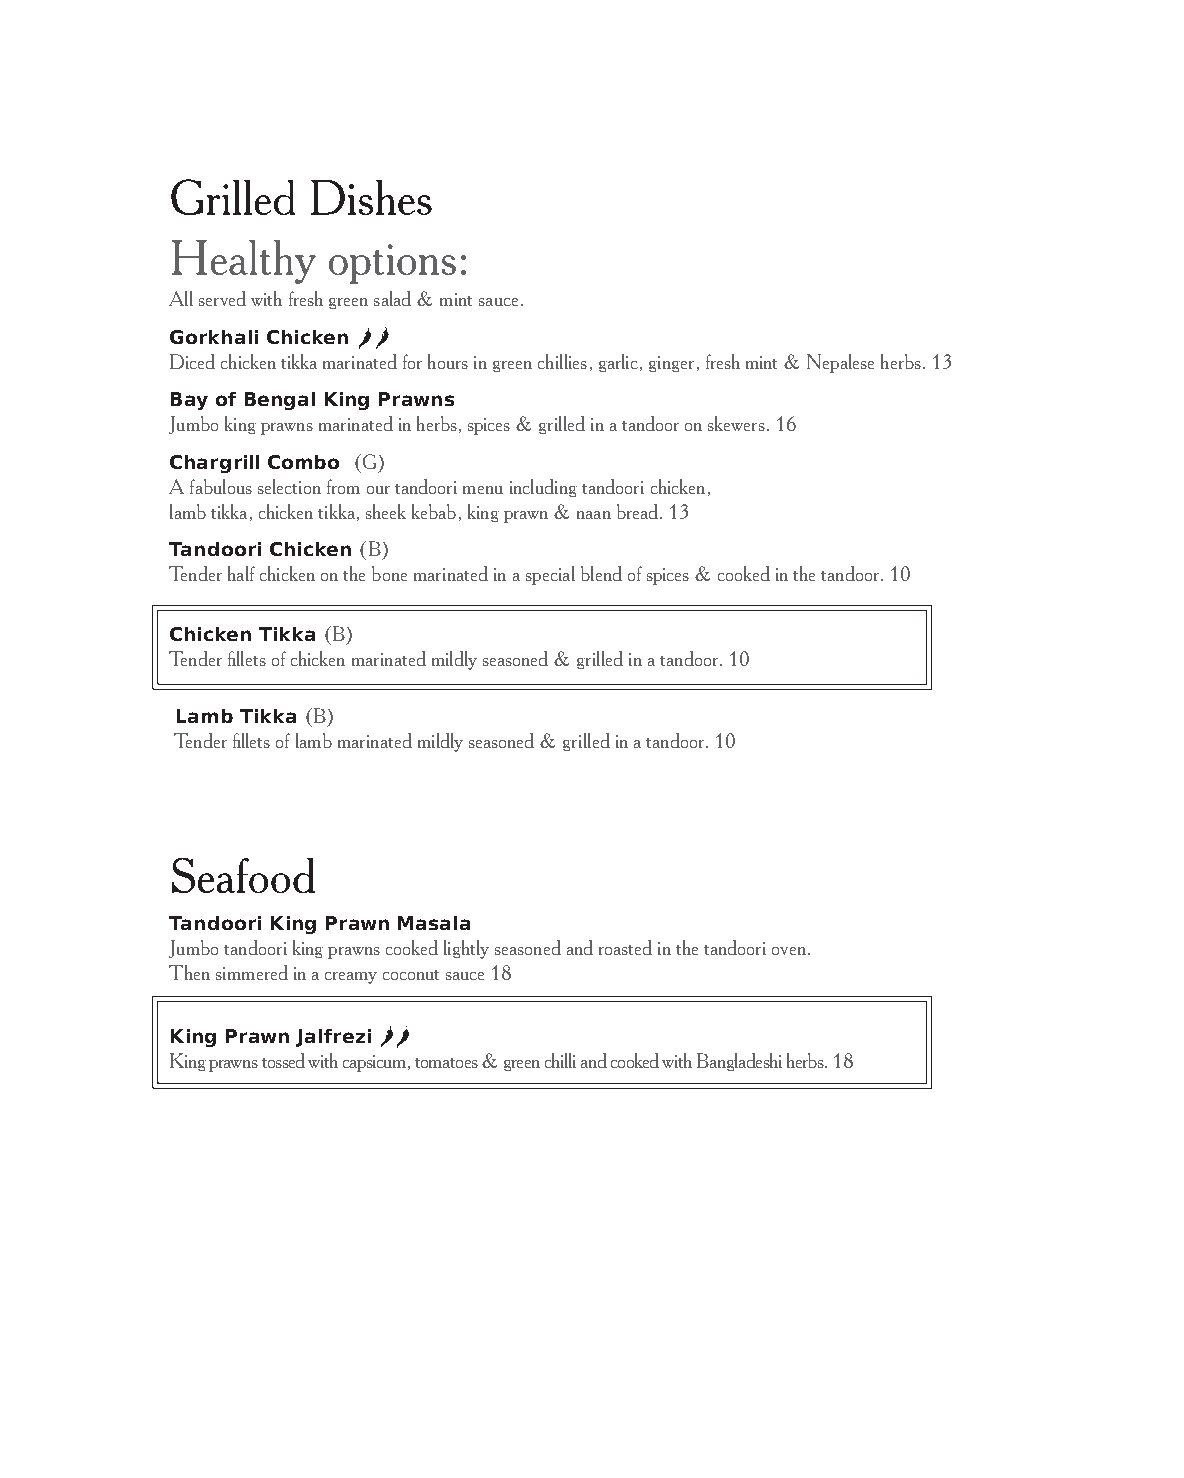
Grilled   Dishes
 Healthy    options:
 All served with fresh green salad & mint sauce.
 Gorkhali Chicken
 Diced chicken tikka marinated for hours in green chillies, garlic, ginger, fresh mint & Nepalese herbs. 13
 Bay of Bengal King Prawns
 Jumbo king prawns marinated in herbs, spices & grilled in a tandoor on skewers. 16
 Chargrill Combo (G)
 A fabulous selection from our tandoori menu including tandoori chicken,
 lamb tikka, chicken tikka, sheek kebab, king prawn & naan bread. 13
 Tandoori Chicken (B)
 Tender half chicken on the bone marinated in a special blend of spices & cooked in the tandoor. 10
 Chicken Tikka (B)
 Tender fillets of chicken marinated mildly seasoned & grilled in a tandoor. 10
 Lamb Tikka (B)
 Tender fillets of lamb marinated mildly seasoned & grilled in a tandoor. 10
 Seafood
 Tandoori King Prawn Masala
 Jumbo tandoori king prawns cooked lightly seasoned and roasted in the tandoori oven.
 Then simmered in a creamy coconut sauce 18
 King Prawn Jalfrezi
 King prawns tossed with capsicum, tomatoes & green chilli and cooked with Bangladeshi herbs. 18